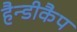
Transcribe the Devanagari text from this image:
हैन्डीकैप